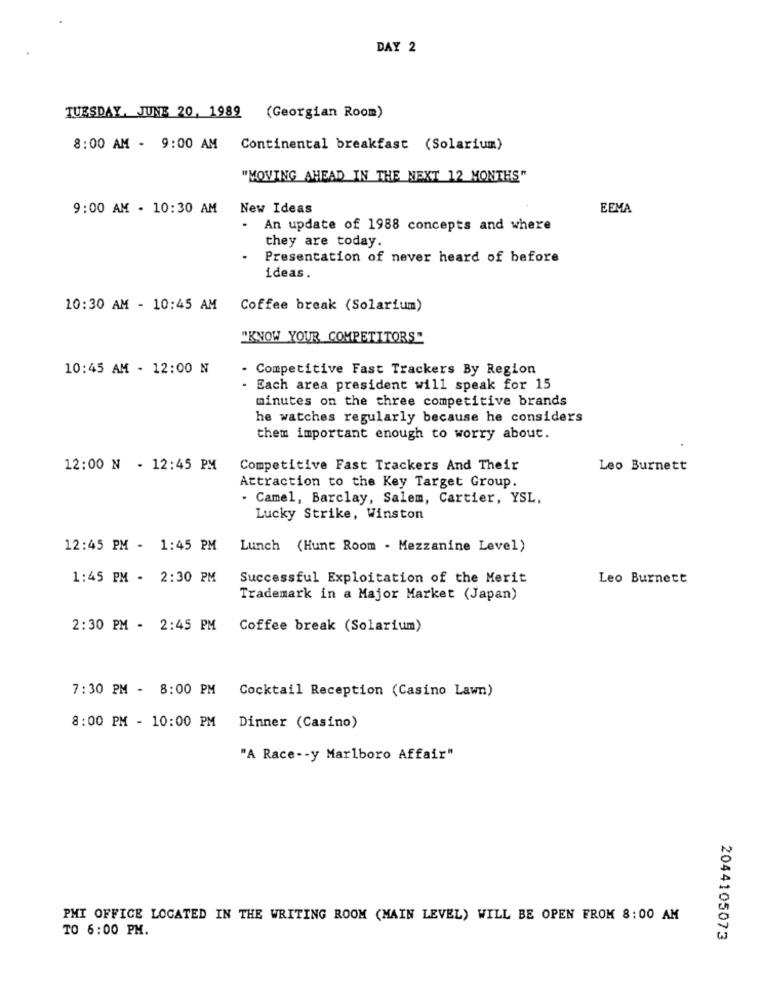
DAY 2
TUESDAY, JUNE 20, 1989 (Georgian Room)
8:00 AM - 9:00 AM Continental breakfast (Solarium)
"MOVING AHEAD IN THE NEXT 12 MONTHS"
9:00 AM - 10:30 AM
New Ideas
EEMA
.
An update of 1988 concepts and where
they are today.
.
Presentation of never heard of before
ideas.
10:30 AM - 10:45 AM
Coffee break (Solarium)
"KNOW YOUR COMPETITORS"
10:45 AM - 12:00 N
- Competitive Fast Trackers By Region
Each area president will speak for 15
minutes on the three competitive brands
he watches regularly because he considers
them important enough to worry about.
12:00 N - 12:45 PM
Competitive Fast Trackers And Their
Leo Burnett
Attraction to the Key Target Group.
. Camel, Barclay, Salem, Cartier, YSL,
Lucky Strike, Winston
12:45 PM - 1:45 PM
Lunch (Hunt Room - Mezzanine Level)
1:45 PM - 2:30 PM
Successful Exploitation of the Merit
Leo Burnett
Trademark in a Major Market (Japan)
2:30 PM - 2:45 PM
Coffee break (Solarium)
7:30 PM - 8:00 PM
Cocktail Reception (Casino Lawn)
8:00 PM - 10:00 PM
Dinner (Casino)
"A Race -- y Marlboro Affair"
PMI OFFICE LOCATED IN THE WRITING ROOM (MAIN LEVEL) WILL BE OPEN FROM 8:00 AM
TO 6:00 PM.
2044105073